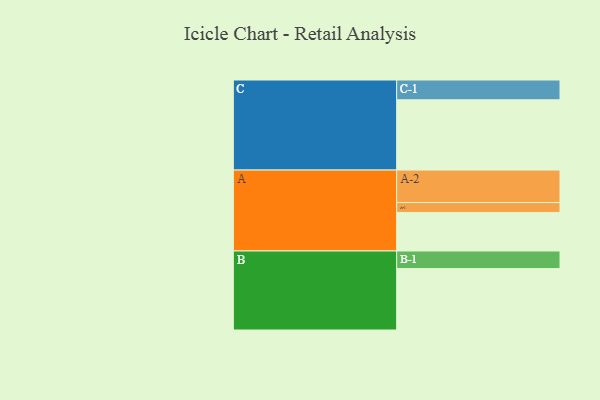
{"axis": {"x": "Segment", "y": "Value"}, "legend": ["", "A", "B", "C"], "data": [{"x": "A", "y": 300, "type": ""}, {"x": "B", "y": 478, "type": ""}, {"x": "C", "y": 547, "type": ""}, {"x": "A-1", "y": 77, "type": "A"}, {"x": "A-2", "y": 253, "type": "A"}, {"x": "B-1", "y": 137, "type": "B"}, {"x": "C-1", "y": 154, "type": "C"}]}